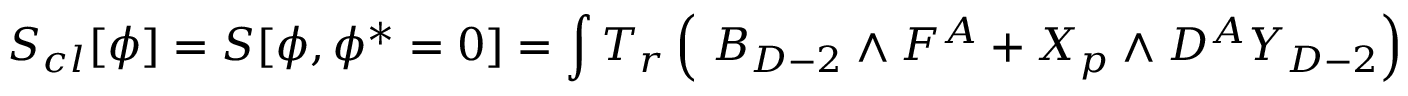
S _ { c l } [ \phi ] = S [ \phi , \phi ^ { * } = 0 ] = \int T _ { r } \left( \ B _ { D - 2 } \wedge F ^ { A } + X _ { p } \wedge D ^ { A } Y _ { D - 2 } \right)